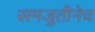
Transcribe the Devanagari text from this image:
समजुतीनेच